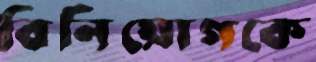
বিনিয়োগকে